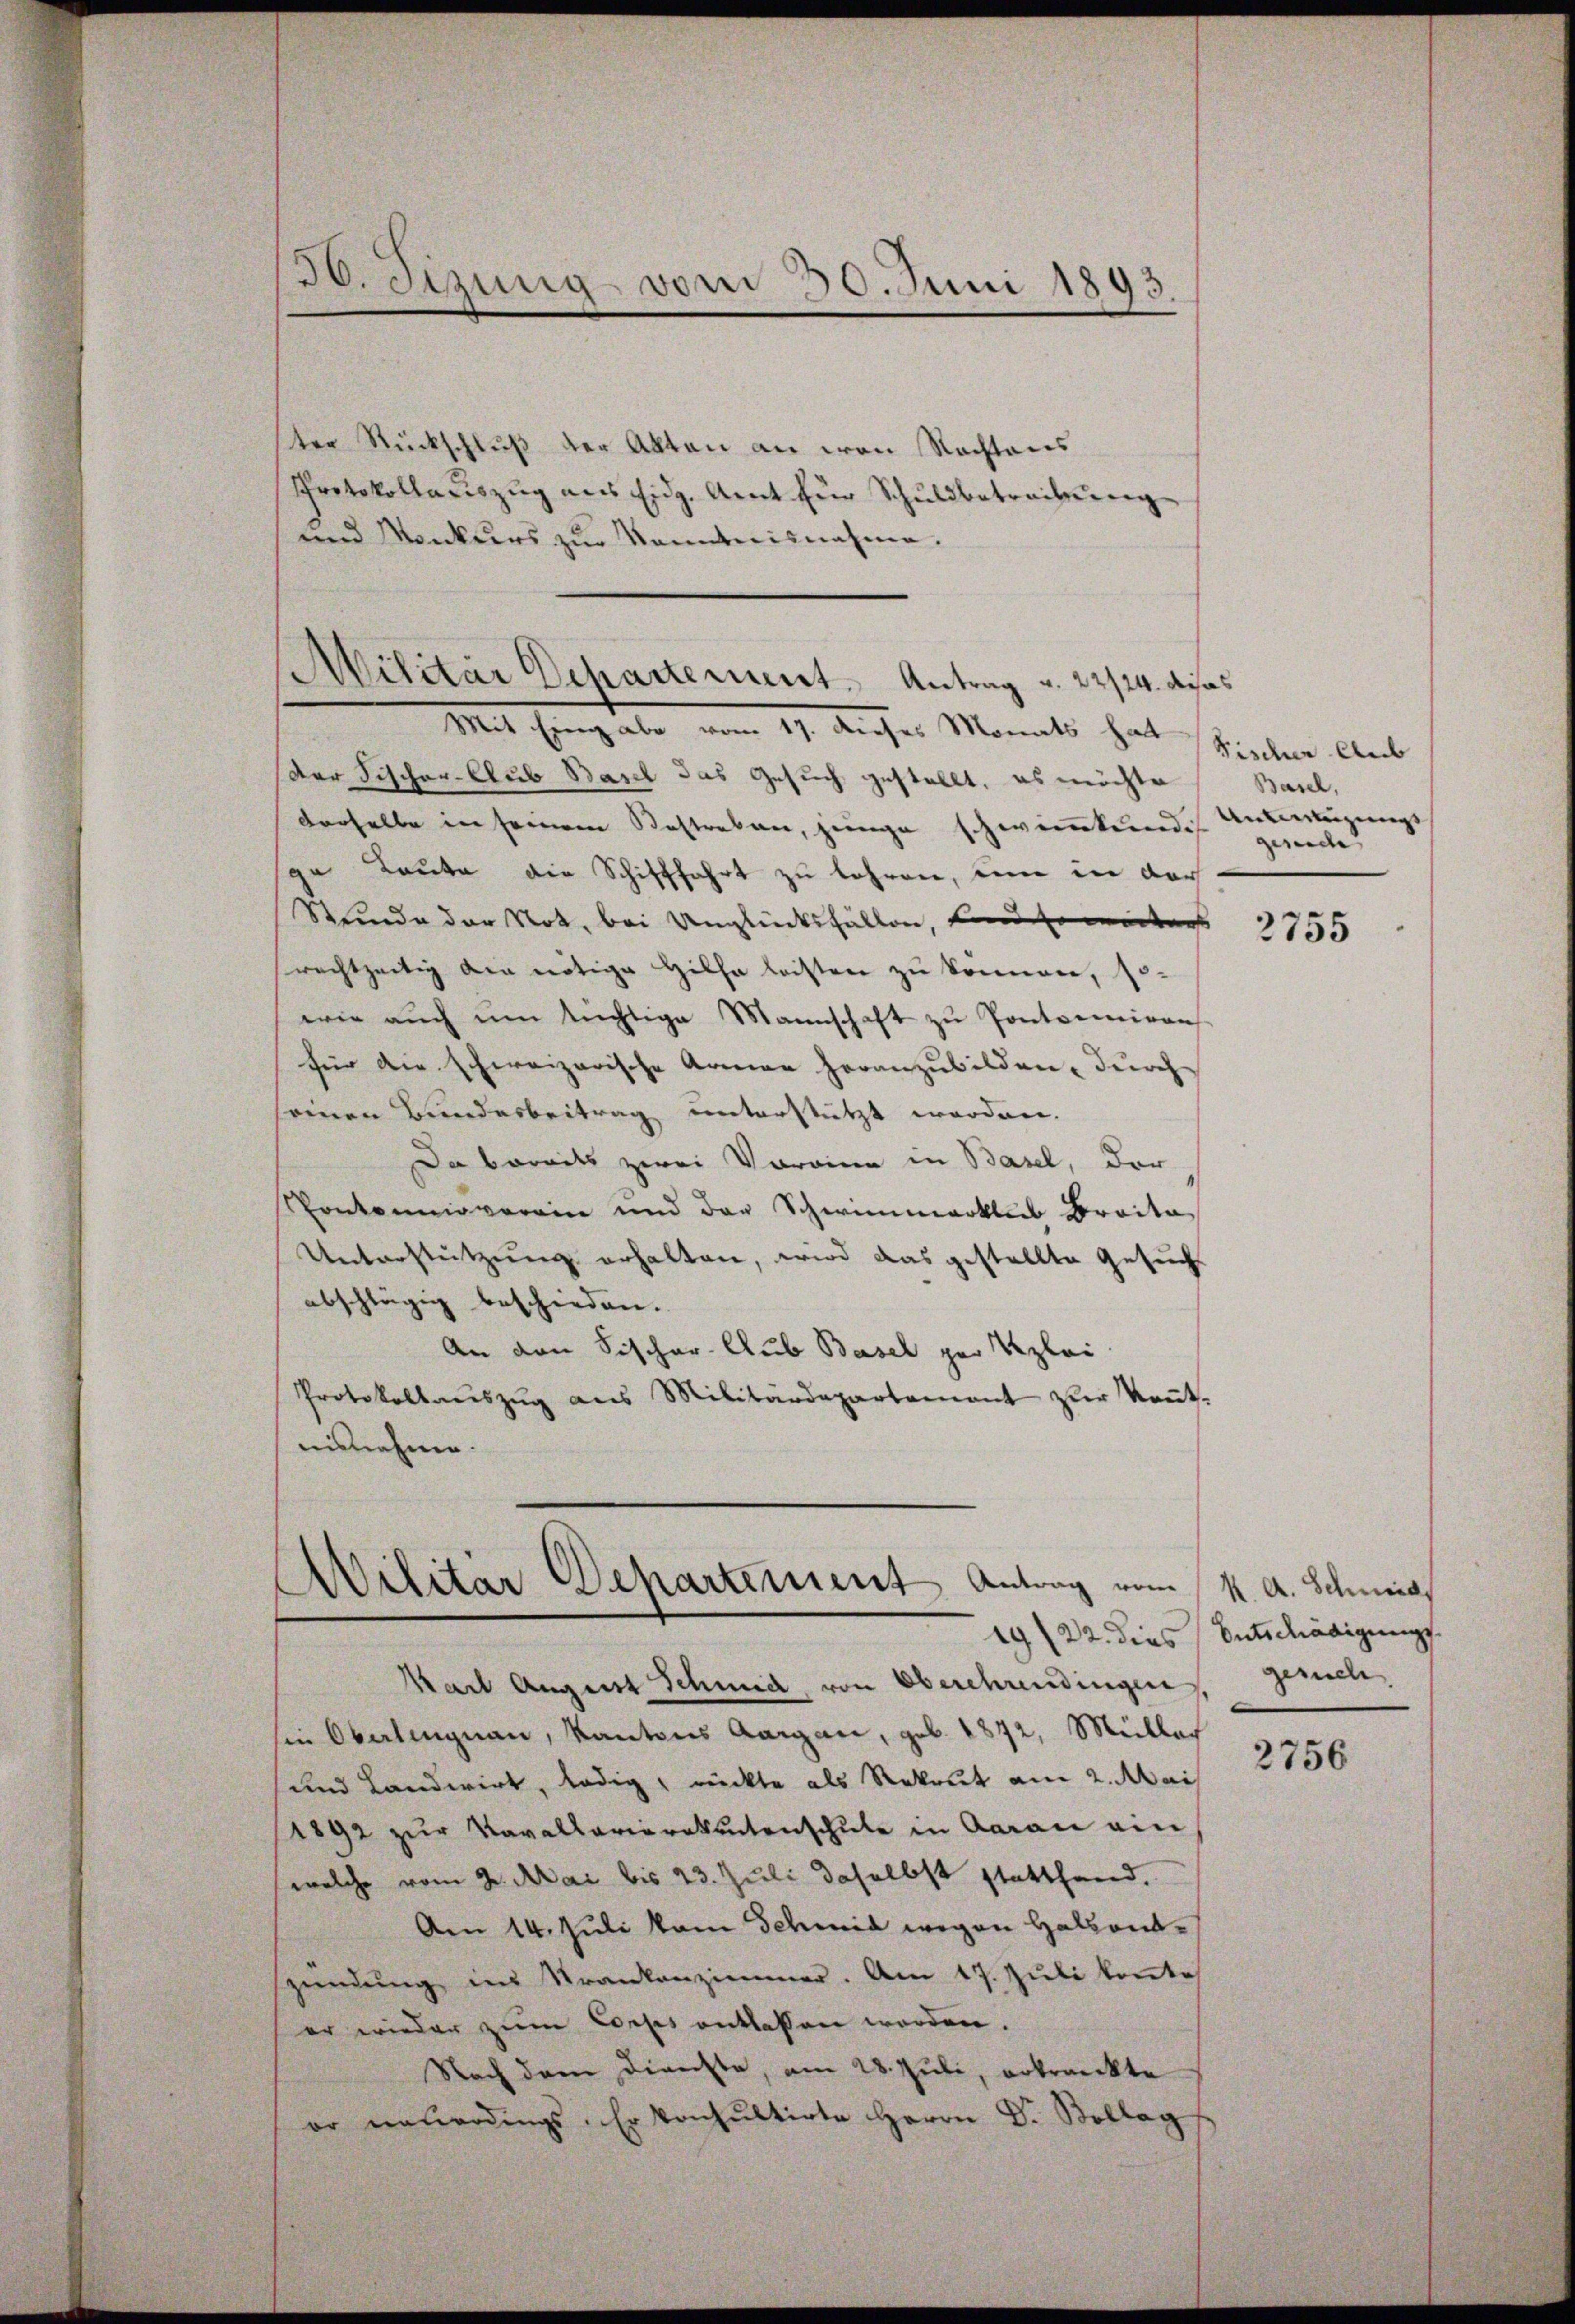
30. Jizung vom 30. Juni 1893.

ter Rückschluß der Akten an von Rechtens
Protokollauszug aus Eidg. Amt für Schuldbetreibung
und Monkurs zur Kenntnisnahme.

Militar Departement. Antrag u. 22/24. das

Mit Eingabe vom 17. dieses Monats hatt
Der Fischer-Club Basel das Gesuch gestellt, es möchte
Verselbe in seinem Bestreben, junge schwinkende Anteigungsge Leute die Schifffahrt zu lehren, um in der
Stunde der Not, bei Unglücksfällen, und soweitens
rachtzeitig die nötige Hilfe leisten zu können, so-
wie aŭch ŭm tüchtige Mannschaft zu Pontoiniren
für die schweizerische Armen heranzubilden, durch
seinen Bundesbeitrag unterstützt worden.
Da bereits zwei Voraine in Basel, der
Pontonnoverein und der Schwimmerklub Braita
Unterstützung erhalten, wird das gestellte Gesuch
abschlägig beschieden.
An von Fischer-Aus Basel per Reglei
Protokollaŭszŭg aŭs Militärdepartennant zur Keṅt-
nisnehme.

Ailitär Departement Antrag vom

Karl August Schmid, von Oberehrendingen gerich,
sie Oberlingnau, Kantons Aargau, geb. 1872, Müller
und Landwirt, ledig, rückte als Rekrut am 2. Mais
1892 zur Navallarioratentenschule in Aarau ein
welche vom 2. Mai bis 23. Juli daselbst stattfand.
Am 14. Juli vom Schmid wegen Halsentzündŭng im Krankenzimmer. Am 17. Juli kontes
er wieder zum Looses entlassen werden.
Nach dem Dienste, am 28. Juli, erkrankte
er neuerdings. Er konsultirte Herrn Dr. Bollag

Fischer Aus
Basel,
gesuche
2755

K. A. Schneids
19/22. dies Entschädigungs-

2756